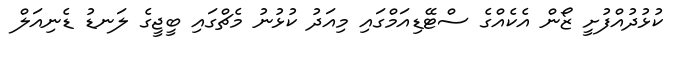
ކުޅުދުއްފުށީ ޒޯން އެކެއްގެ ސްޓޭޑިއަމްގައި މިއަދު ކުޅުނު މެޗްގައި ބީޖީގެ ލަނޑު ޑެނިއަލް